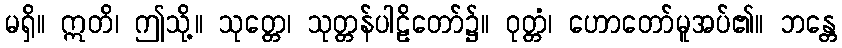
မရှိ။ ဣတိ၊ ဤသို့။ သုတ္တေ၊ သုတ္တန်ပါဠိတော်၌။ ဝုတ္တံ၊ ဟောတော်မူအပ်၏။ ဘန္တေ